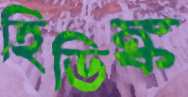
হিডিঙ্ক